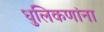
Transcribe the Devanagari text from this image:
धुलिकणांना